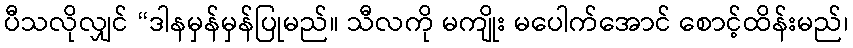
ပီသလိုလျှင် “ဒါနမှန်မှန်ပြုမည်။ သီလကို မကျိုး မပေါက်အောင် စောင့်ထိန်းမည်၊